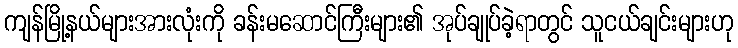
ကျန်မြို့နယ်များအားလုံးကို ခန်းမဆောင်ကြီးများ၏ အုပ်ချုပ်ခဲ့ရာတွင် သူငယ်ချင်းများဟု